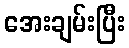
အေးချမ်းပြီး